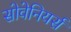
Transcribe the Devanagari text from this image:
सोवेनियर्स